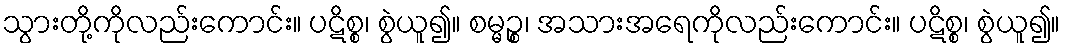
သွားတို့ကိုလည်းကောင်း။ ပဋိစ္စ၊ စွဲယူ၍။ စမ္မဉ္စ၊ အသားအရေကိုလည်းကောင်း။ ပဋိစ္စ၊ စွဲယူ၍။